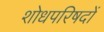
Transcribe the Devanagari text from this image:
शोधपरिषदों